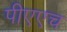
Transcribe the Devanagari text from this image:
पीएएच